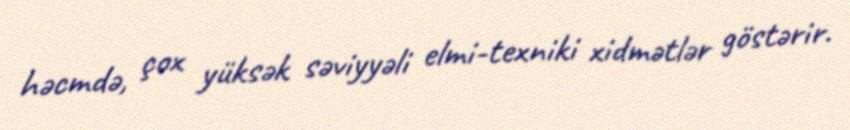
həcmdə, çox yüksək səviyyəli elmi-texniki xidmətlər göstərir.